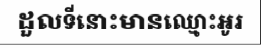
ដួលទីនោះមានឈ្មោះអូរ